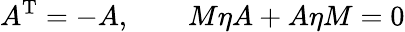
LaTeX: A^{\mathrm{T}}=-A,\qquad M\eta A+A\eta M=0